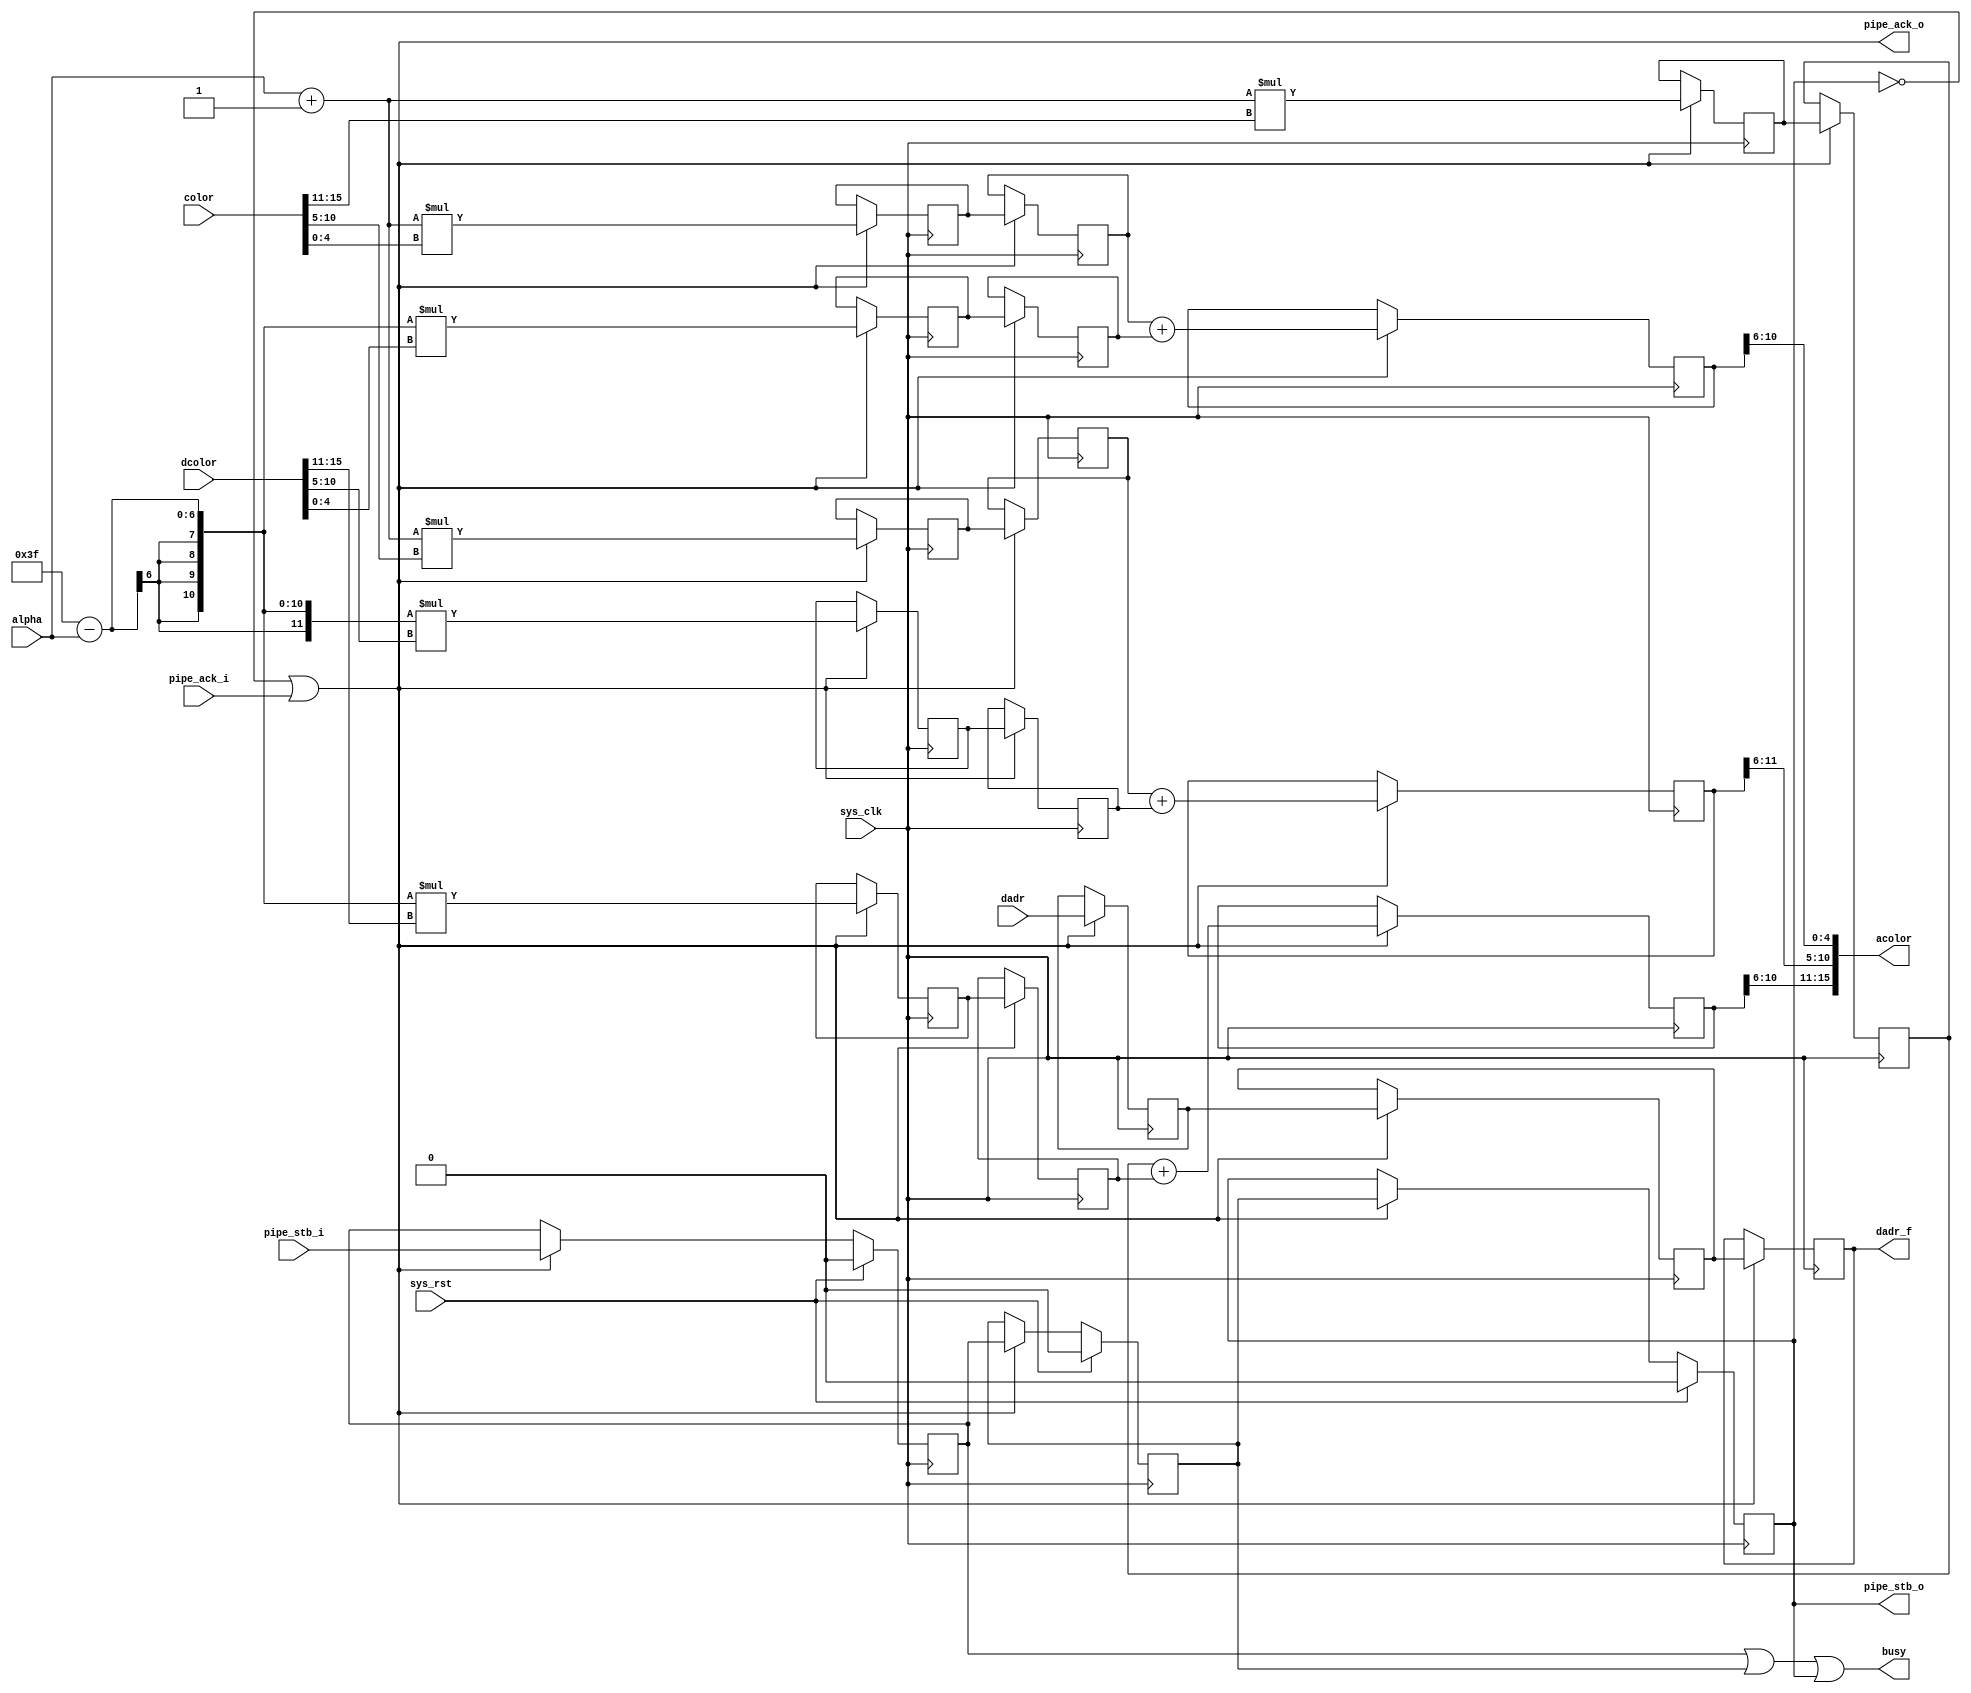
module tmu2_alpha #(
	parameter fml_depth = 26
) (
	input sys_clk,
	input sys_rst,

	output busy,

	input [5:0] alpha,

	input pipe_stb_i,
	output pipe_ack_o,
	input [15:0] color,
	input [fml_depth-1-1:0] dadr, /* in 16-bit words */
	input [15:0] dcolor,

	output pipe_stb_o,
	input pipe_ack_i,
	output reg [fml_depth-1-1:0] dadr_f,
	output [15:0] acolor
);

wire en;
reg valid_1;
reg valid_2;
reg valid_3;

always @(posedge sys_clk) begin
	if(sys_rst) begin
		valid_1 <= 1'b0;
		valid_2 <= 1'b0;
		valid_3 <= 1'b0;
	end else if(en) begin
		valid_1 <= pipe_stb_i;
		valid_2 <= valid_1;
		valid_3 <= valid_2;
	end
end

/* Pipeline operation on three stages. */
reg [fml_depth-1-1:0] dadr_1;
reg [fml_depth-1-1:0] dadr_2;

wire [4:0] r = color[15:11];
wire [5:0] g = color[10:5];
wire [4:0] b = color[4:0];
wire [4:0] dr = dcolor[15:11];
wire [5:0] dg = dcolor[10:5];
wire [4:0] db = dcolor[4:0];

reg [10:0] r_1;
reg [11:0] g_1;
reg [10:0] b_1;
reg [10:0] dr_1;
reg [11:0] dg_1;
reg [10:0] db_1;

reg [10:0] r_2;
reg [11:0] g_2;
reg [10:0] b_2;
reg [10:0] dr_2;
reg [11:0] dg_2;
reg [10:0] db_2;

reg [10:0] r_3;
reg [11:0] g_3;
reg [10:0] b_3;

always @(posedge sys_clk) begin
	if(en) begin
		dadr_1 <= dadr;
		dadr_2 <= dadr_1;
		dadr_f <= dadr_2;

		r_1 <= ({1'b0, alpha} + 7'd1)*r;
		g_1 <= ({1'b0, alpha} + 7'd1)*g;
		b_1 <= ({1'b0, alpha} + 7'd1)*b;
		dr_1 <= (6'd63 - alpha)*dr;
		dg_1 <= (6'd63 - alpha)*dg;
		db_1 <= (6'd63 - alpha)*db;

		r_2 <= r_1;
		g_2 <= g_1;
		b_2 <= b_1;
		dr_2 <= dr_1;
		dg_2 <= dg_1;
		db_2 <= db_1;

		r_3 <= r_2 + dr_2;
		g_3 <= g_2 + dg_2;
		b_3 <= b_2 + db_2;
	end
end

assign acolor = {r_3[10:6], g_3[11:6], b_3[10:6]};

/* Pipeline management */

assign busy = valid_1 | valid_2 | valid_3;

assign pipe_ack_o = ~valid_3 | pipe_ack_i;
assign en = ~valid_3 | pipe_ack_i;

assign pipe_stb_o = valid_3;

endmodule